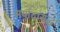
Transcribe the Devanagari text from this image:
मर्यादासुद्धा